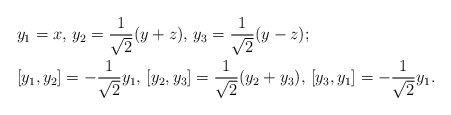
\begin{align*} &y_1=x, \, y_2=\frac{1}{\sqrt{2}}(y+z), \, y_3=\frac{1}{\sqrt{2}}(y-z);\\ &[y_1,y_2]=-\frac{1}{\sqrt{2}}y_1, \, [y_2,y_3]=\frac{1}{\sqrt{2}}(y_2+y_3), \, [y_3,y_1]=-\frac{1}{\sqrt{2}}y_1. \end{align*}